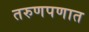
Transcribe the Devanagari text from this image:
तरुणपणात